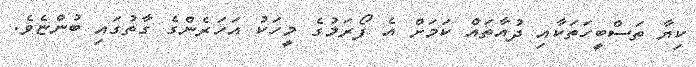
ކިޔާ ތަސްބީހަތަކާއި ދުއާތައް ކަމަށް އެ ފޯރަމުގެ މީހަކު އަހަރެންގެ ގާތުގައި ބުންޏެވެ.